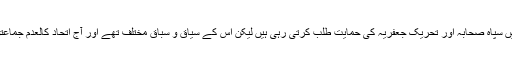
انھوں نے بتایا کہ ماضی میں مختلف سیاسی جماعتیں سپاہ صحابہ اور تحریک جعفریہ کی حمایت طلب کرتی رہی ہیں لیکن اس کے سیاق و سباق مختلف تھے اور آج اتحاد کالعدم جماعتوں سے نہیں بلکہ ان میں موجود افراد سے ہوتا ہے۔